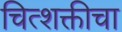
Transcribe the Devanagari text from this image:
चित्शक्तीचा